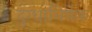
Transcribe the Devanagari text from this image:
दुग्‍धाभिषेक